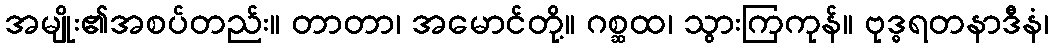
အမျိုး၏အစပ်တည်း။ တာတာ၊ အမောင်တို့။ ဂစ္ဆထ၊ သွားကြကုန်။ ဗုဒ္ဓရတနာဒီနံ၊